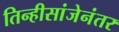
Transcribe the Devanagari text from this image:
तिन्हीसांजेनंतर